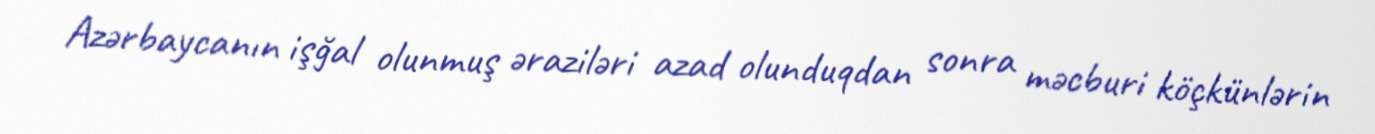
Azərbaycanın işğal olunmuş əraziləri azad olunduqdan sonra məcburi köçkünlərin